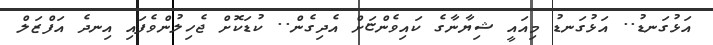
އަޅުގަނޑު.. އަޅުގަނޑު މިއައީ ޝިޔާނާގެ ކައިވެންޏަށް އެދިގެން.. ކުޑަކޮށް ޖެހިލުންވެފައި އިނދެ އަފްޒަލް